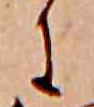
に